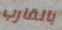
بالقارب